Vaccination in Bombay 1924-1928 - 1924-1928
Year: 1924
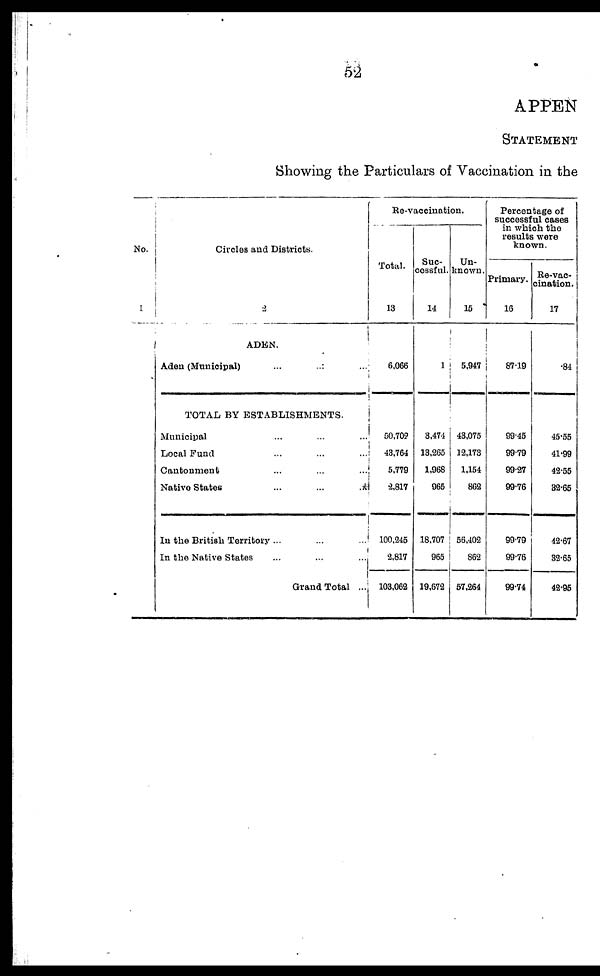
52
APPEN
STATEMENT
Showing the Particulars of Vaccination in the
No.
1
Circles and Districts.
2
ADEN.
Aden (Municipal) ... ... ...
TOTAL BY ESTABLISHMENTS.
Municipal ... ... ...
Local Fund ... ... ...
Cantonment ... ... ...
Native States
...
...
...
In the British Territory ...
In the Native States ... ... ...
Grand Total ...
Re-vaccination.
Total.
13
6,066
50,709
43,764
5,779
2,817
100,245
2,817
103,062
Suc-
cessful.
14
1
3,474
13,265
1,968
965
18,707
965
19,672
Un-
known.
15
5,947
43,075
12,173
1,154
862
56,402
862
57,264
Percentage of
successful cases
in which the
results were
known.
Primary.
16
87.19
99.45
99.79
99.27
99.76
99.79
99.76
99.74
Re-vac-
cination.
17
.84
45.55
41.99
42.55
32.65
42.67
32.65
42.95